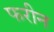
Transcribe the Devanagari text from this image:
फरीन